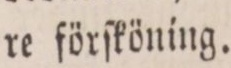
re förſköning.